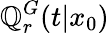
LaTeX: \mathbb{Q}_{r}^{G}(t|x_{0})